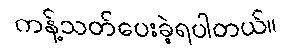
ကန့်သတ်ပေးခဲ့ရပါတယ်။